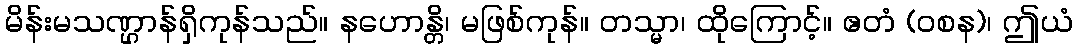
မိန်းမသဏ္ဌာန်ရှိကုန်သည်။ နဟောန္တိ၊ မဖြစ်ကုန်။ တသ္မာ၊ ထိုကြောင့်။ ဧတံ (ဝစန)၊ ဤယံ